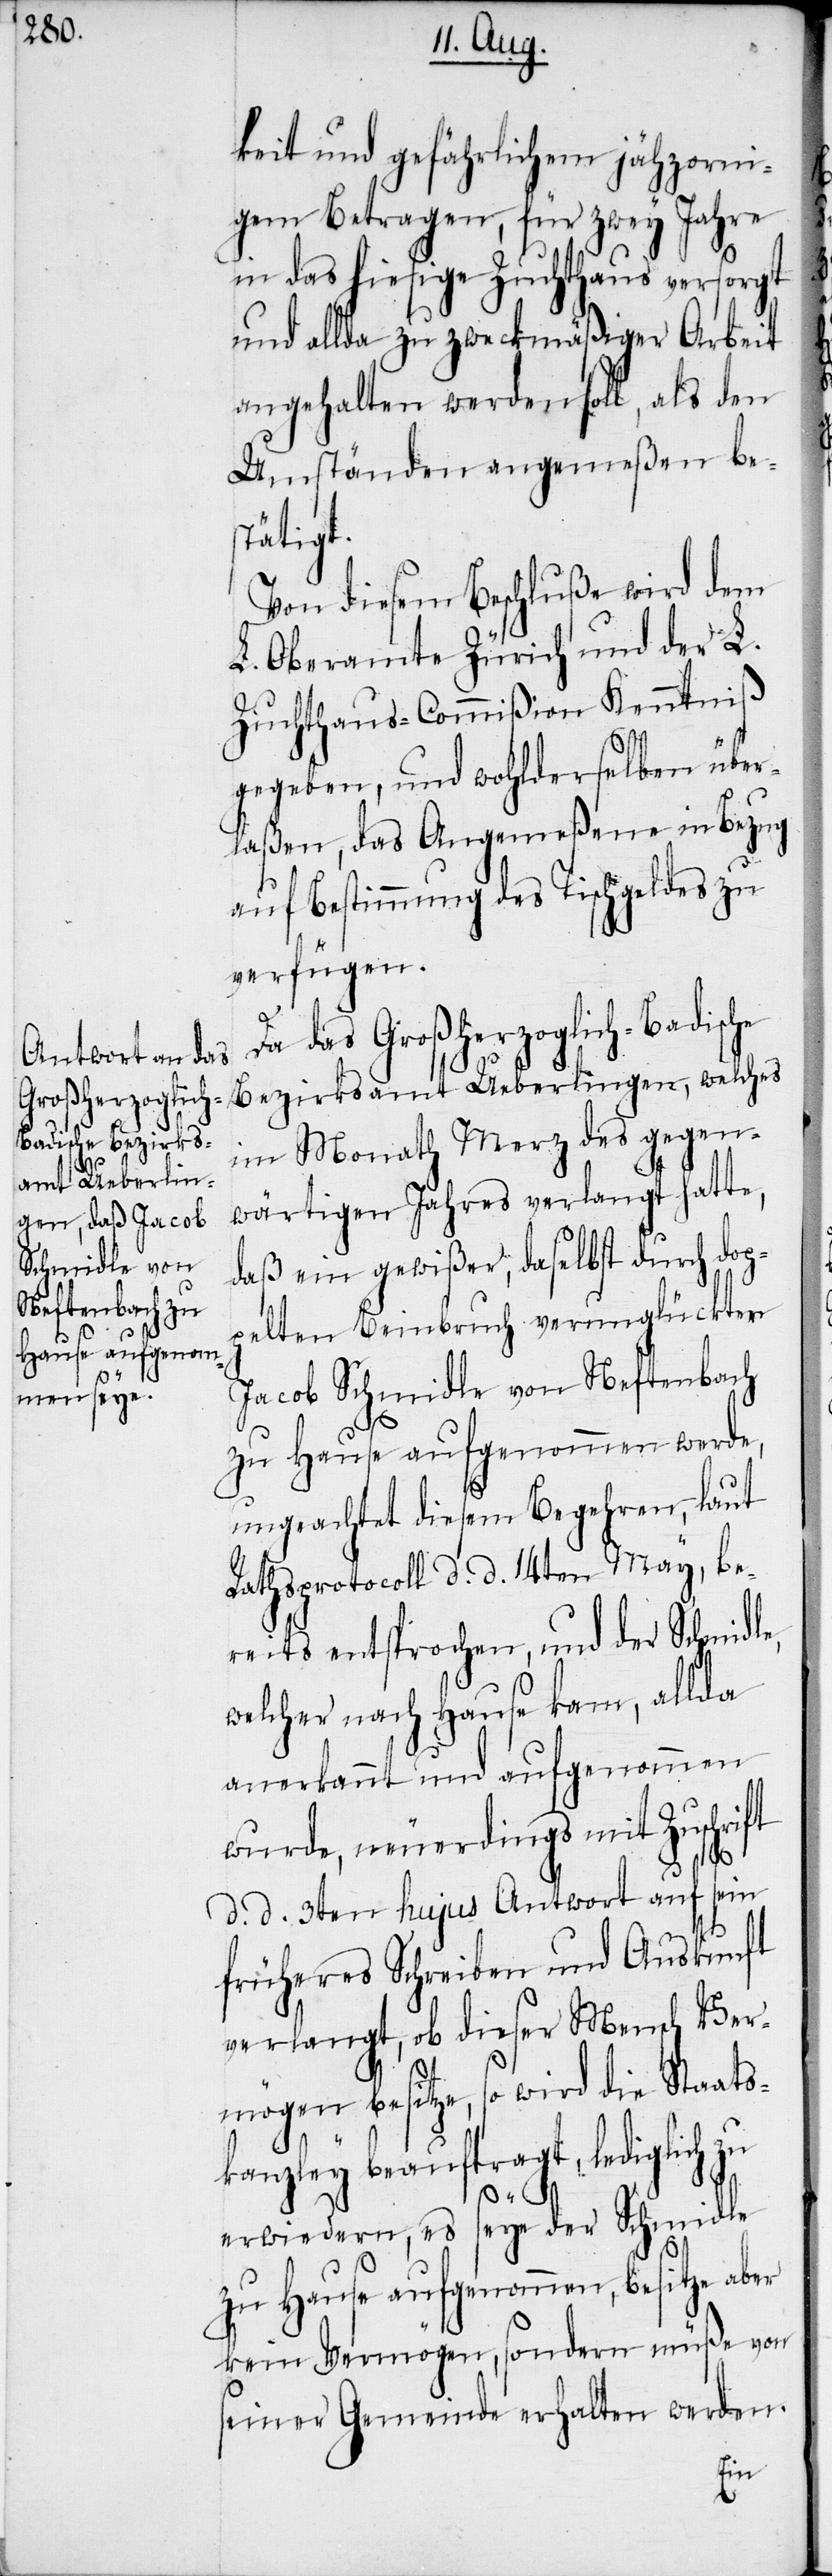
jä¬

igem Betragen, für zwey Jahre
in das hiesige Zuchthaus versorgt
und allda zu zweckmäßiger Arbeit
angehalten werden soll, als den
Umständen angemeßen bes¬
tätigt.
Von diesem Beschluße wird dem
L. Oberamte Zürich und der L.
Zuchthaus-Commißion Kenntniß
gegeben, und wohlderselben über¬
laßen, das Angemeßene in Bezug
auf Bestimmung des Tischgeldes zu
verfügen.
Da das Großherzoglich-Badische
Bezirksamt Ueberlingen, welches
im Monath Merz des gegen¬
wärtigen Jahres verlangt hatte,
daß ein gewißer, daselbst durch dopp¬
elten Beinbruch verunglückter
Jacob Schmidle von Neftenbach
zu Hause aufgenommen werde,
ungeachtet diesem Begehren, laut
Rathsprotocoll d. d. 14ten May, be¬
reits entsprochen, und der Schmidle,
welcher nach Hause kam, allda
anerkannt und aufgenommen
wurde, neuerdings mit Zuschrift
d. d. 3ten hujus Antwort auf sein
früheres Schreiben und Auskunft
verlangt, ob dieser Mensch Ver¬
mögen besitze, so wird die Staats¬
kanzley beauftragt, lediglich zu
erwiedern, es seye der Schmidle
zu Hause aufgenommen, besitze aber
kein Vermögen, sondern müße von
seiner Gemeinde erhalten werden.
hzorn¬